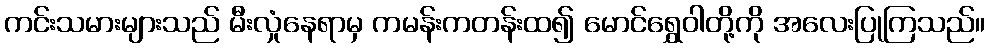
ကင်းသမားများသည် မီးလှုံနေရာမှ ကမန်းကတန်းထ၍ မောင်ရွှေဝါတို့ကို အလေးပြုကြသည်။